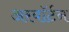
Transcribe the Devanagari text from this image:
अरवॉर्टन